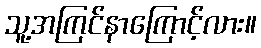
သူ့အကြင်နာကြောင့်လား။